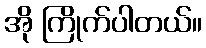
အို ကြိုက်ပါတယ်။